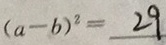
( a - b ) ^ { 2 } = 2 9